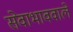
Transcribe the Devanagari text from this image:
सेवाभाववाले